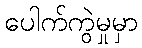
ပေါက်ကွဲမှုမှာ